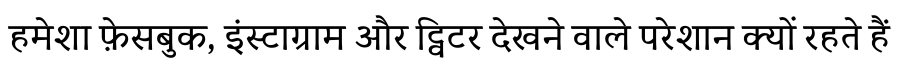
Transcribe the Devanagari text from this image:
हमेशा फ़ेसबुक, इंस्टाग्राम और ट्विटर देखने वाले परेशान क्यों रहते हैं